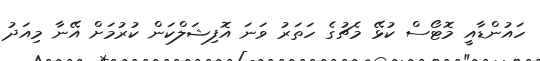
ހައުންޑާއީ މޮޓޯސް ކުޅޭ މެޗުގެ ހަތަރު ވަނަ އޮފިޝަލްކަން ކުރުމަށް އޭނާ މިއަދު